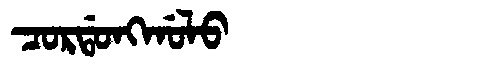
Manchu: ᠴᠣᡵᡩᠣᠩᡤᠣᠯᠣ
Romanization: CORDONGGOLO